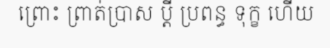
ព្រោះ ព្រាត់ប្រាស ប្តី ប្រពន្ធ ទុក្ខ ហើយ